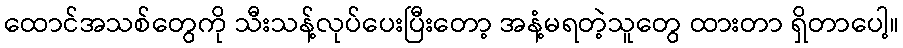
ထောင်အသစ်တွေကို သီးသန့်လုပ်ပေးပြီးတော့ အနံ့မရတဲ့သူတွေ ထားတာ ရှိတာပေါ့။